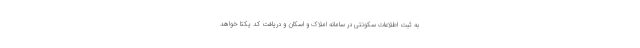
به ثبت اطلاعات سکونتی در سامانه املاک و اسکان و دریافت کد یکتا خواهد